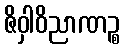
ဇိဝှါဝိညာဏဉ္စ